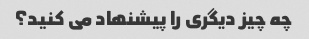
چه چیز دیگری را پیشنهاد می کنید؟